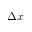
\Delta x